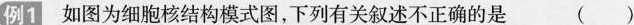
例1 如图为细胞核结构模式图，下列有关叙述不正确的是 ( )